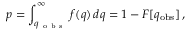
p = \int _ { q _ { \mathrm { ~ o ~ b ~ s ~ } } } ^ { \infty } f ( q ) \, d q = 1 - F [ q _ { \mathrm { o b s } } ] \, ,